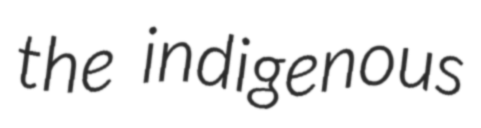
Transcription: the indigenous